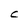
Character: C